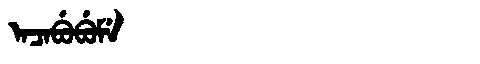
Manchu: ᠠᠴᠠᠪᡠᠪᡠᠮᡝ
Romanization: ACABUBUME